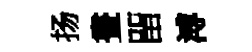
扬晝㽞溥